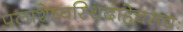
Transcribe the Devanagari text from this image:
पलाशेष्वस्थिदाहेचसद्यः